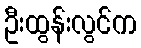
ဦးထွန်းလွင်က